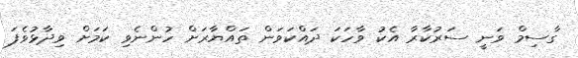
ގާސިމް ވަނީ ސަރުކާރާ އެކު ވާހަކަ ދައްކަވަން ތައްޔާރަށް ހުންނެވި ކަމަށް ވިދާޅުވެފަ